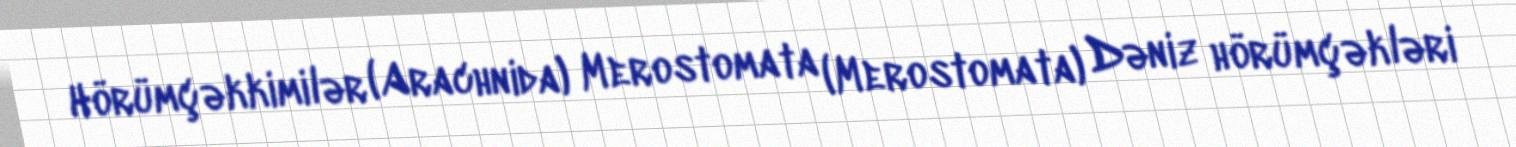
Hörümçəkkimilər (Arachnida) Merostomata (Merostomata) Dəniz hörümçəkləri